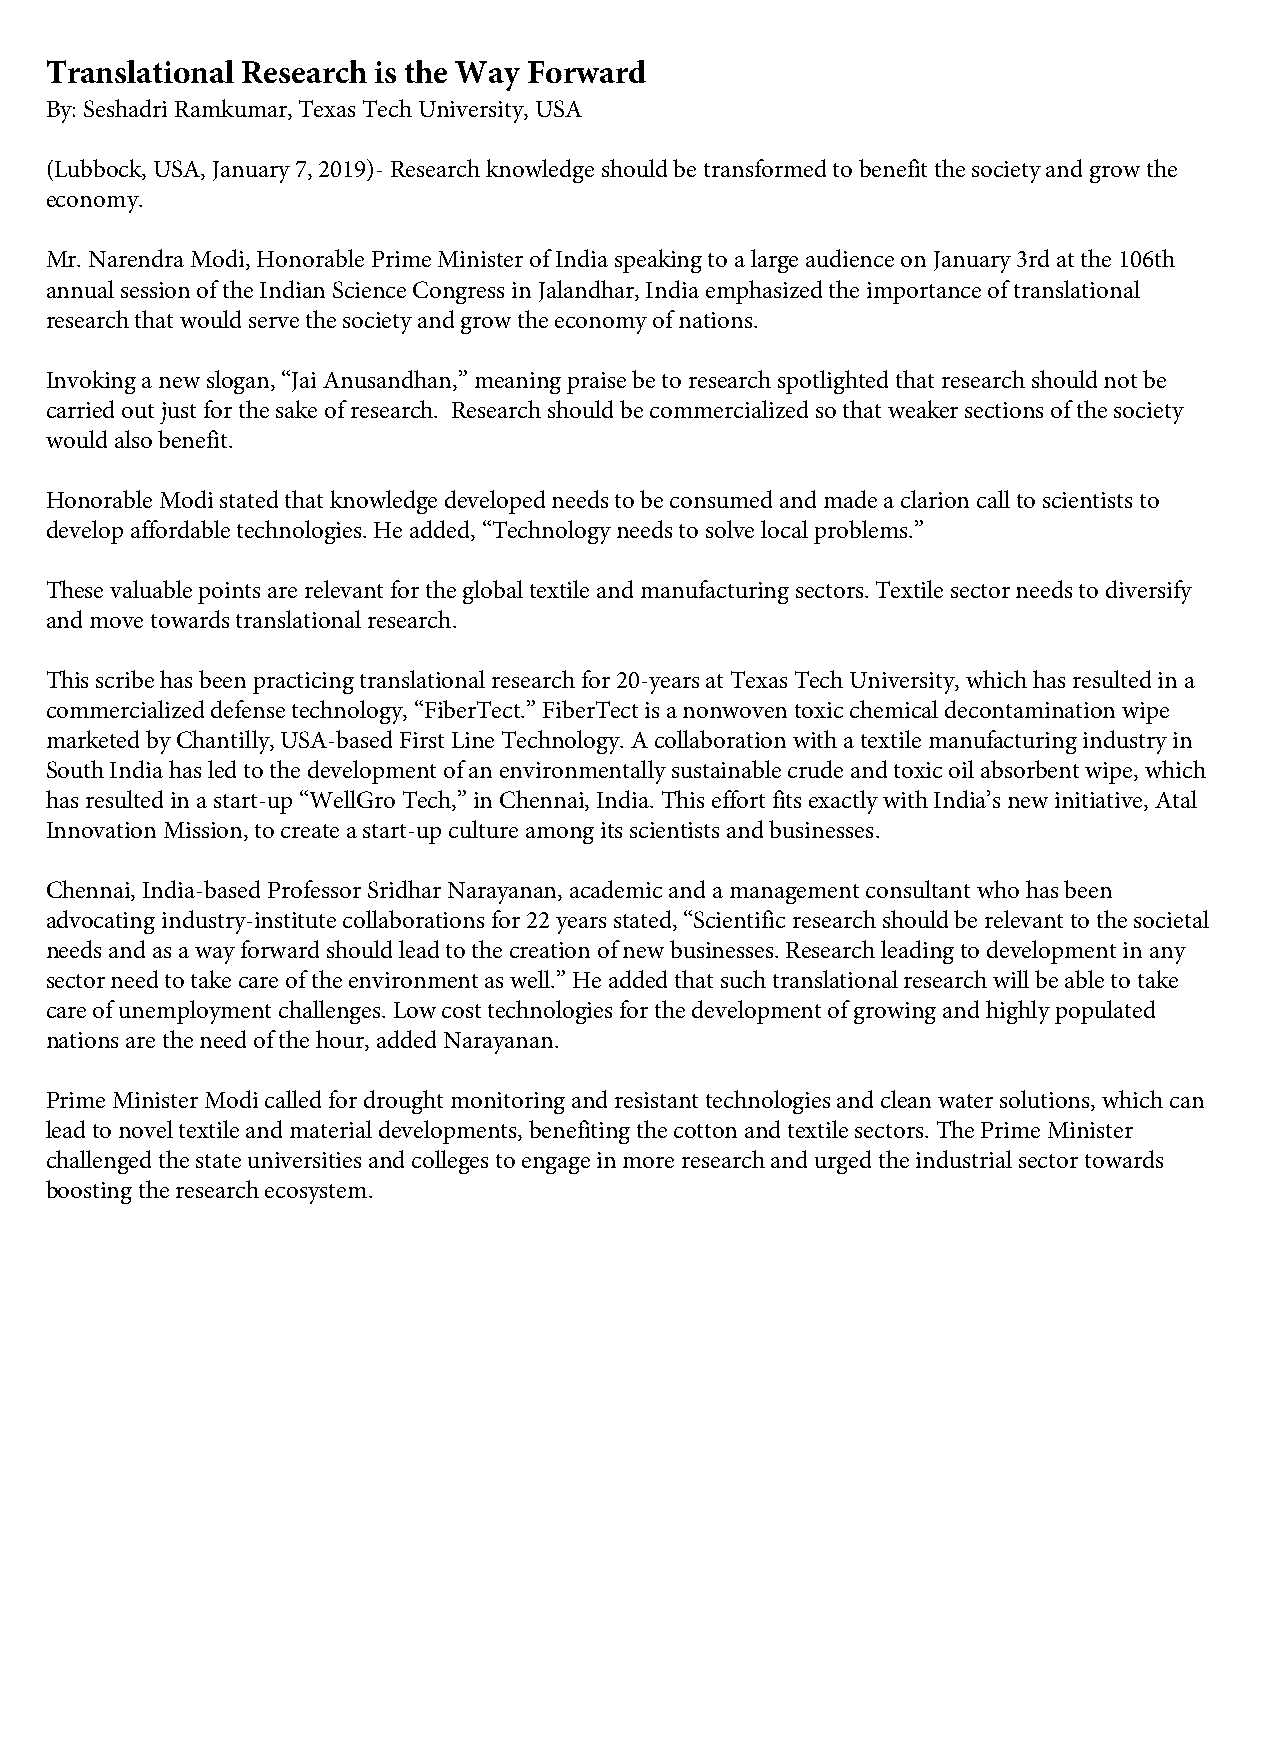
Translational Research is the Way Forward
 By: Seshadri Ramkumar, Texas Tech University, USA
 (Lubbock, USA, January 7, 2019)- Research knowledge should be transformed to benefit the society and grow the
 economy.
 Mr. Narendra Modi, Honorable Prime Minister of India speaking to a large audience on January 3rd at the 106th
 annual session of the Indian Science Congress in Jalandhar, India emphasized the importance of translational
 research that would serve the society and grow the economy of nations.
 Invoking a new slogan, “Jai Anusandhan,” meaning praise be to research spotlighted that research should not be
 carried out just for the sake of research. Research should be commercialized so that weaker sections of the society
 would also benefit.
 Honorable Modi stated that knowledge developed needs to be consumed and made a clarion call to scientists to
 develop affordable technologies. He added, “Technology needs to solve local problems.”
 These valuable points are relevant for the global textile and manufacturing sectors. Textile sector needs to diversify
 and move towards translational research.
 This scribe has been practicing translational research for 20-years at Texas Tech University, which has resulted in a
 commercialized defense technology, “FiberTect.” FiberTect is a nonwoven toxic chemical decontamination wipe
 marketed by Chantilly, USA-based First Line Technology. A collaboration with a textile manufacturing industry in
 South India has led to the development of an environmentally sustainable crude and toxic oil absorbent wipe, which
 has resulted in a start-up “WellGro Tech,” in Chennai, India. This effort fits exactly with India’s new initiative, Atal
 Innovation Mission, to create a start-up culture among its scientists and businesses.
 Chennai, India-based Professor Sridhar Narayanan, academic and a management consultant who has been
 advocating industry-institute collaborations for 22 years stated, “Scientific research should be relevant to the societal
 needs and as a way forward should lead to the creation of new businesses. Research leading to development in any
 sector need to take care of the environment as well.” He added that such translational research will be able to take
 care of unemployment challenges. Low cost technologies for the development of growing and highly populated
 nations are the need of the hour, added Narayanan.
 Prime Minister Modi called for drought monitoring and resistant technologies and clean water solutions, which can
 lead to novel textile and material developments, benefiting the cotton and textile sectors. The Prime Minister
 challenged the state universities and colleges to engage in more research and urged the industrial sector towards
 boosting the research ecosystem.